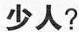
少人?